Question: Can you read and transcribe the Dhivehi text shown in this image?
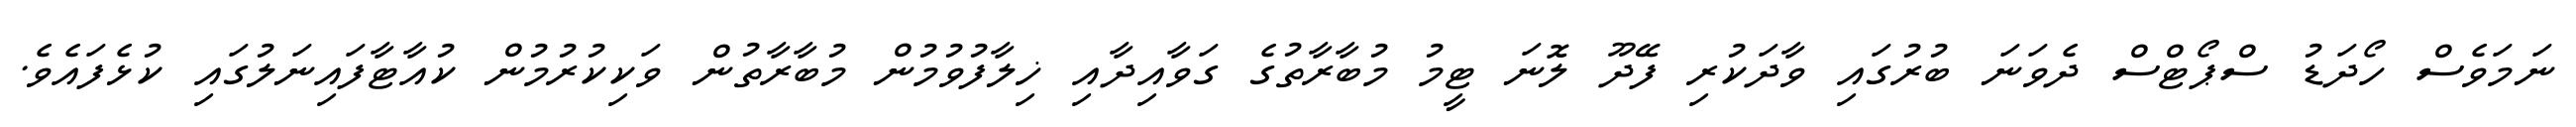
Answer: ނަމަވެސް ހޯދަޑު ސްޕޯޓްސް ދެވަނަ ބުރުގައި ވާދަކުރި ފޭދޫ ލޮނަ ޓީމު މުބާރާތުގެ ގަވާއިދާއި ޚިލާފުވުމުން މުބާރާތުން ވަކިކުރުމުން ކުއާޓާފައިނަލުގައި ކުޅެފައެވެ.